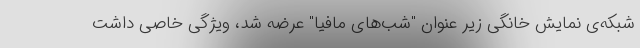
شبکه‌ی نمایش خانگی زیر عنوان "شب‌های مافیا" عرضه شد، ویژگی خاصی داشت